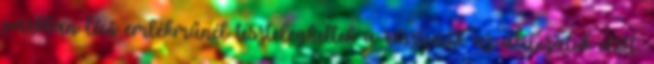
parkban lévő emlékműnél tiszteleghettek a résztvevők az áldozatok előtt.